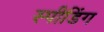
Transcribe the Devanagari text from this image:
स्‍पीडिंग